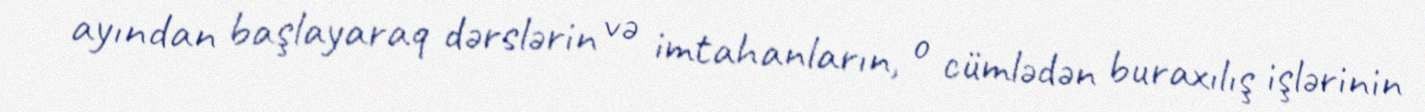
ayından başlayaraq dərslərin və imtahanların, o cümlədən buraxılış işlərinin